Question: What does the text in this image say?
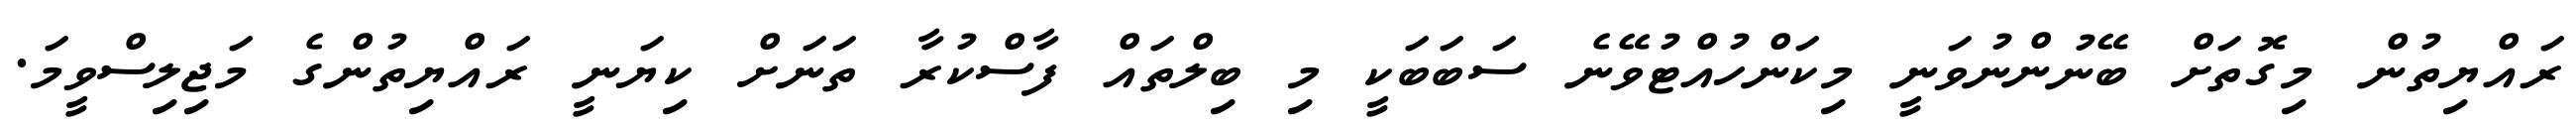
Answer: ރައްޔިތުން މިގޮތަށް ބޭނުންނުވަނީ މިކަންހުއްޓުވޭނެ ސަބަބަކީ މި ބިލްތައް ފާސްކުރާ ތަނަށް ކިޔަނީ ރައްޔިތުންގެ މަޖިލިސްވީމަ.